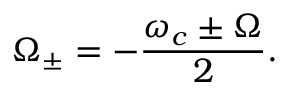
\Omega _ { \pm } = - \frac { \omega _ { c } \pm \Omega } { 2 } .